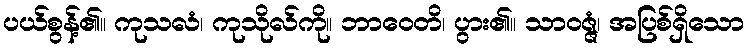
ပယ်စွန့်၏။ ကုသလံ၊ ကုသိုလ်ကို။ ဘာဝေတိ၊ ပွား၏။ သာဝဇ္ဇံ၊ အပြစ်ရှိသော